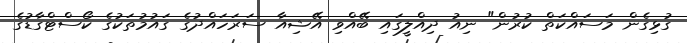
ގުޅިގެން މަސައްކަތް ކުރުން" ނިއު ދިއްލީގައި ބޭއްވި އޭޝިއާ ސަރަހައްދުގެ ގައުމުތަކުގެ ކޯސްޓްގާޑުގެ